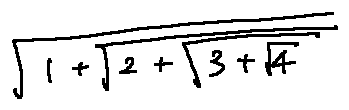
\sqrt { 1 + \sqrt { 2 + \sqrt { 3 + \sqrt { 4 } } } }